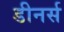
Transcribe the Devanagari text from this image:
डीनर्स